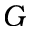
G